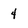
Character: 4